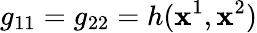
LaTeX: g_{11}=g_{22}=h(\mathbf{x}^{1},\mathbf{x}^{2})